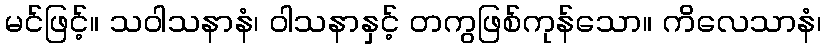
မင်ဖြင့်။ သဝါသနာနံ၊ ဝါသနာနှင့် တကွဖြစ်ကုန်သော။ ကိလေသာနံ၊